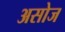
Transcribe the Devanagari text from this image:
असोज